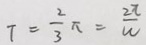
T = \frac { 2 } { 3 } \pi = \frac { 2 \pi } { W }